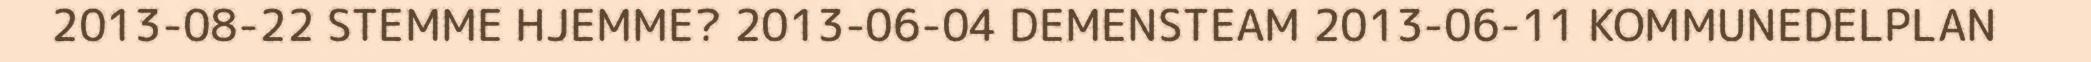
2013-08-22 STEMME HJEMME? 2013-06-04 DEMENSTEAM 2013-06-11 KOMMUNEDELPLAN